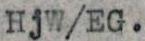
HjW/EG.